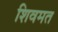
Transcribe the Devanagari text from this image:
शिवमत